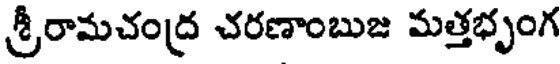
శ్రీరామచంద్ర చరణాంబుజ మత్తభృంగ